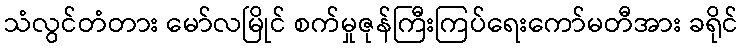
သံလွင်တံတား မော်လမြိုင် စက်မှုဇုန်ကြီးကြပ်ရေးကော်မတီအား ခရိုင်